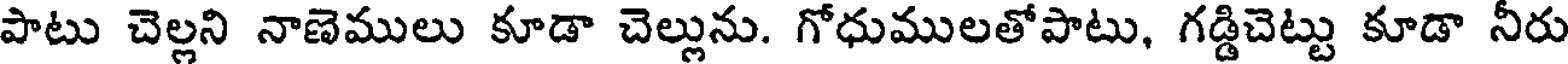
పాటు చెల్లని నాణెములు కూడా చెల్లును. గోధుములతోపాటు, గడ్డిచెట్టు కూడా నీరు